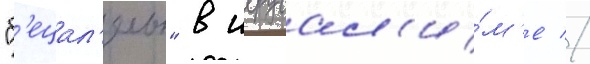
"б'ецал'ель" в иерусал'и́м'е //